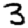
Digit: 3